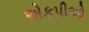
એફપીઓ